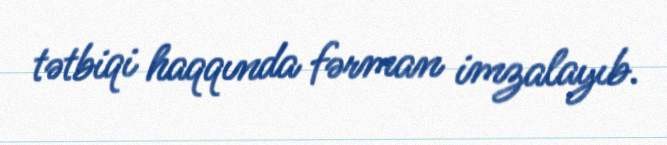
tətbiqi haqqında fərman imzalayıb.